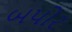
બપોર